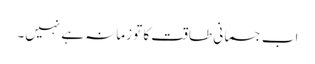
اب جسمانی طاقت کا تو زمانہ ہے نہیں۔